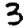
Digit: 3